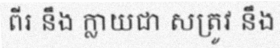
ពីរ នឹង ក្លាយជា សត្រូវ នឹង